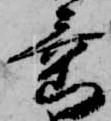
垂